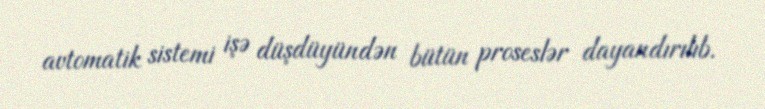
avtomatik sistemi işə düşdüyündən bütün proseslər dayandırılıb.